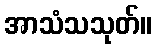
အာသံသသုတ်။